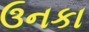
ઉનકા